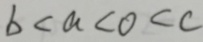
b < a < o < c